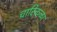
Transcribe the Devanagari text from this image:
चारिकळा